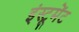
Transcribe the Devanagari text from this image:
इंस्टूमेंट